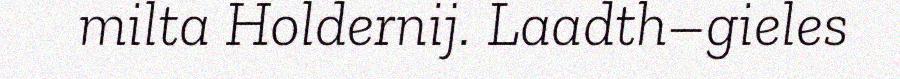
milta Holdernij. Laadth–gieles